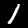
Digit: 1